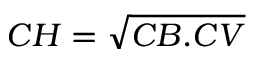
C H = { \sqrt { C B . C V } }